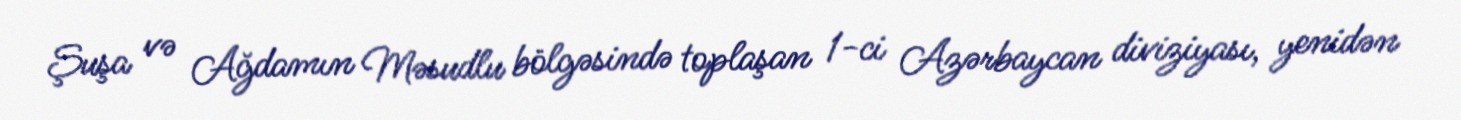
Şuşa və Ağdamın Məsudlu bölgəsində toplaşan 1-ci Azərbaycan diviziyası, yenidən